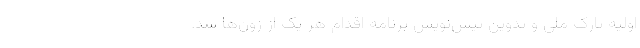
اوّلیه پارک ملی و تدوین پیش‌نویس برنامه اقدام هر یک از زون‌ها شد.